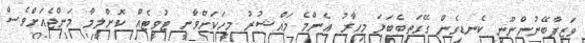
ވަޒީފާބޭނުންނޫނީ ކެނޑިގެން ގޭގަތިބެބަލަ މިހާރު އެންމެ މައްޝުރު މީހަކަށްވާނީ ޓުވީޓެއް ކޮށްލީމާ މަންޖެއަށްވެސް